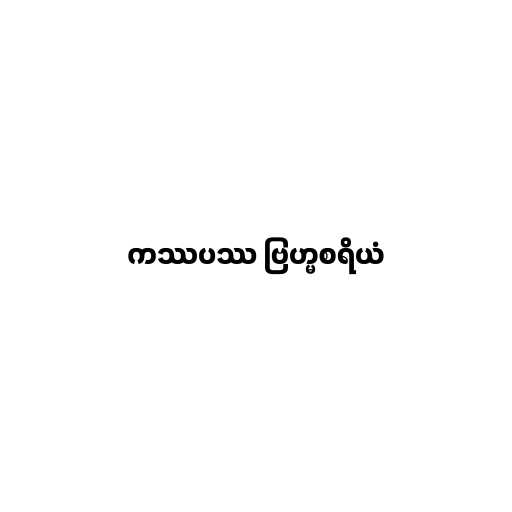
ကဿပဿ ဗြဟ္မစရိယံ